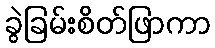
ခွဲခြမ်းစိတ်ဖြာကာ